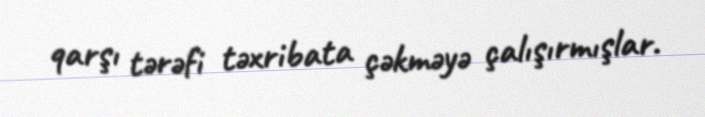
qarşı tərəfi təxribata çəkməyə çalışırmışlar.